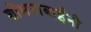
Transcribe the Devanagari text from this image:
शोभनाबाईंनी